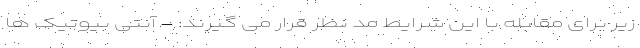
زیر برای مقابله با این شرایط مد نظر قرار می گیرند: - آنتی بیوتیک ها